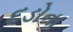
દડોના